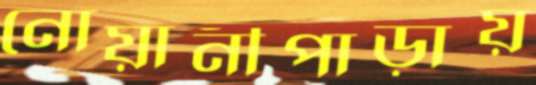
নোয়ানীপাড়ায়